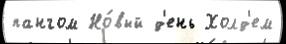
пангом Но́вый д'ень Холд'ем